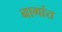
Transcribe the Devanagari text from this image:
नागांत